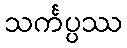
သင်္ကပ္ပဿ